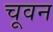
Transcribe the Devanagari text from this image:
चूवन